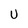
Character: U